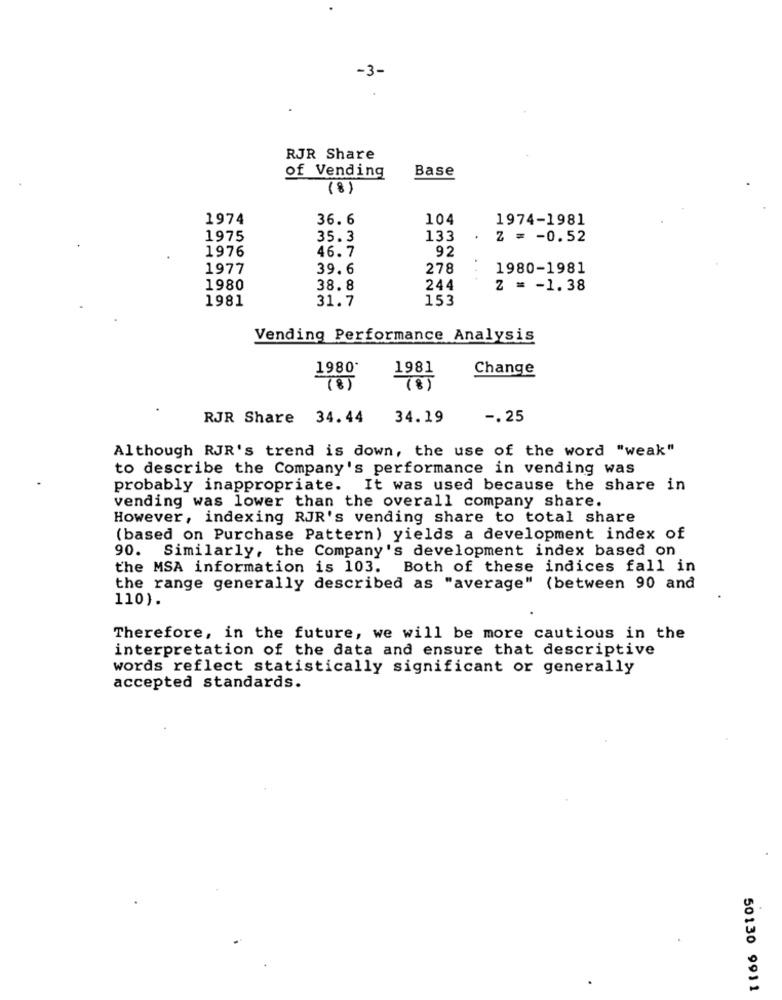
RJR Share
Base
of Vending
(8)
1974
36.6
104
1974-1981
1975
35.3
133
z = - 0.52
1976
46.7
92
1977
39.6
278
1980-1981
1980
38.8
244
Z = - 1.38
1981
31.7
153
Vending Performance Analysis
1980
1981
Change
(8)
(8)
RJR Share 34.44
34.19
-. 25
Although RJR's trend is down, the use of the word "weak"
to describe the Company's performance in vending was
probably inappropriate. It was used because the share in
vending was lower than the overall company share.
However, indexing RJR's vending share to total share
(based on Purchase Pattern) yields a development index of
90. Similarly, the Company's development index based on
the MSA information is 103.
Both of these indices fall in
the range generally described as "average" (between 90 and
110).
Therefore, in the future, we will be more cautious in the
interpretation of the data and ensure that descriptive
words reflect statistically significant or generally
accepted standards.
50130 9911